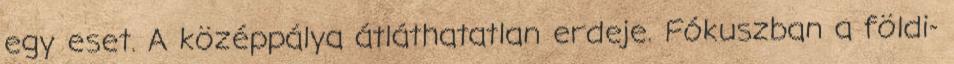
egy eset. A középpálya átláthatatlan erdeje. Fókuszban a földi-